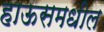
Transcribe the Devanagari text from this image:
हाऊसमधील